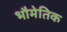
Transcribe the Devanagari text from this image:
भौमेतिक